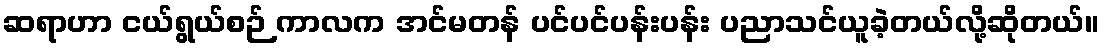
ဆရာဟာ ငယ်ရွယ်စဉ် ကာလက အင်မတန် ပင်ပင်ပန်းပန်း ပညာသင်ယူခဲ့တယ်လို့ဆိုတယ်။